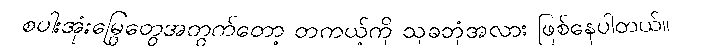
စပါးအုံးမြွေတွေအတွက်တော့ တကယ့်ကို သုခဘုံအလား ဖြစ်နေပါတယ်။